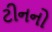
ટીનનો